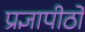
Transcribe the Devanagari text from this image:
प्रज्ञापीठों